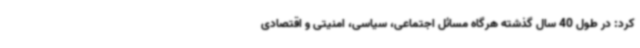
کرد: در طول 40 سال گذشته هرگاه مسائل اجتماعی، سیاسی، امنیتی و اقتصادی